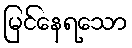
မြင်နေရသော